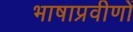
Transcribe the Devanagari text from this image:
भाषाप्रवीणों